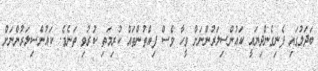
ބަދަލުގައި ފެނިގެންދިޔައީ ކައުންސިލަރުންނަށް ވީހާ ވެސް ފިއްތުންތައް ކުރިމަތި ކުރުވި ތަނެވެ. ކައުންސިލަރުންނަށް